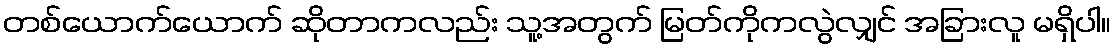
တစ်ယောက်ယောက် ဆိုတာကလည်း သူ့အတွက် မြတ်ကိုကလွဲလျှင် အခြားလူ မရှိပါ။